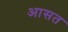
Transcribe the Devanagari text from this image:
आसत